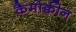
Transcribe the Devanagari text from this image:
कैमोक्वीन